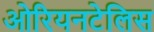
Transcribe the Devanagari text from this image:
ओरियनटेलिस